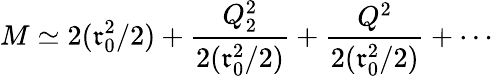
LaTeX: M\simeq2(\mathfrak{r}_{0}^{2}/2)+\frac{{Q_{2}^{2}}}{{2(\mathfrak{r}_{0}^{2}/2)}}+\frac{{Q^{2}}}{{2(\mathfrak{r}_{0}^{2}/2)}}+\cdots